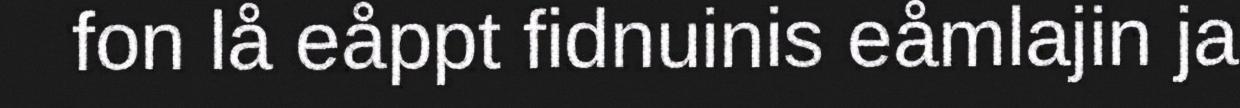
fon lå eåppt fidnuinis eåmlajin ja